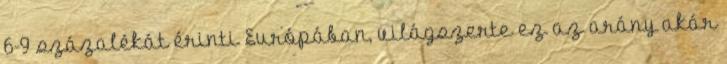
6-9 százalékát érinti Európában, világszerte ez az arány akár